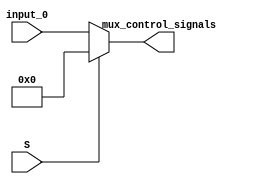
module ID_Mux(
    input wire [24:0] input_0,
    input S,
    output reg [24:0] mux_control_signals
    // output reg ID_branch_instr
);

always @ (*) begin
    if (S == 0) begin
        mux_control_signals = input_0; //check for later
    end else begin 
        mux_control_signals = 25'b0;
    end
end

endmodule